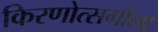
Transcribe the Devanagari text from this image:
किरणोत्सर्गाला